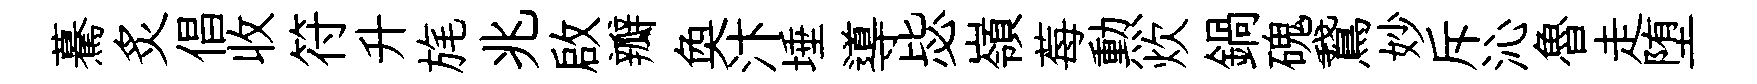
驀炙倡收符升旄兆啟瓣奐汴埵導毖嶺莓勲炊鍋磈鵞妙斥沁魯走堕